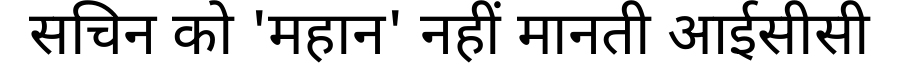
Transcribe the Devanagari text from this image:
सचिन को 'महान' नहीं मानती आईसीसी